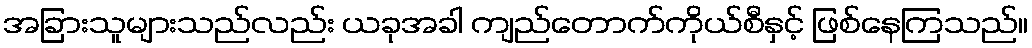
အခြားသူများသည်လည်း ယခုအခါ ကျည်တောက်ကိုယ်စီနှင့် ဖြစ်နေကြသည်။